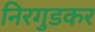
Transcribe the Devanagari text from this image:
निरगुडकर